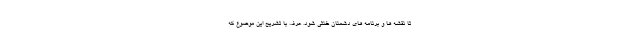
تا نقشه ها و برنامه های دشمنان خنثی شود. عرف با تشریح این موضوع که